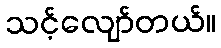
သင့်လျော်တယ်။